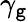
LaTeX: \gamma_{\mathtt{g}}